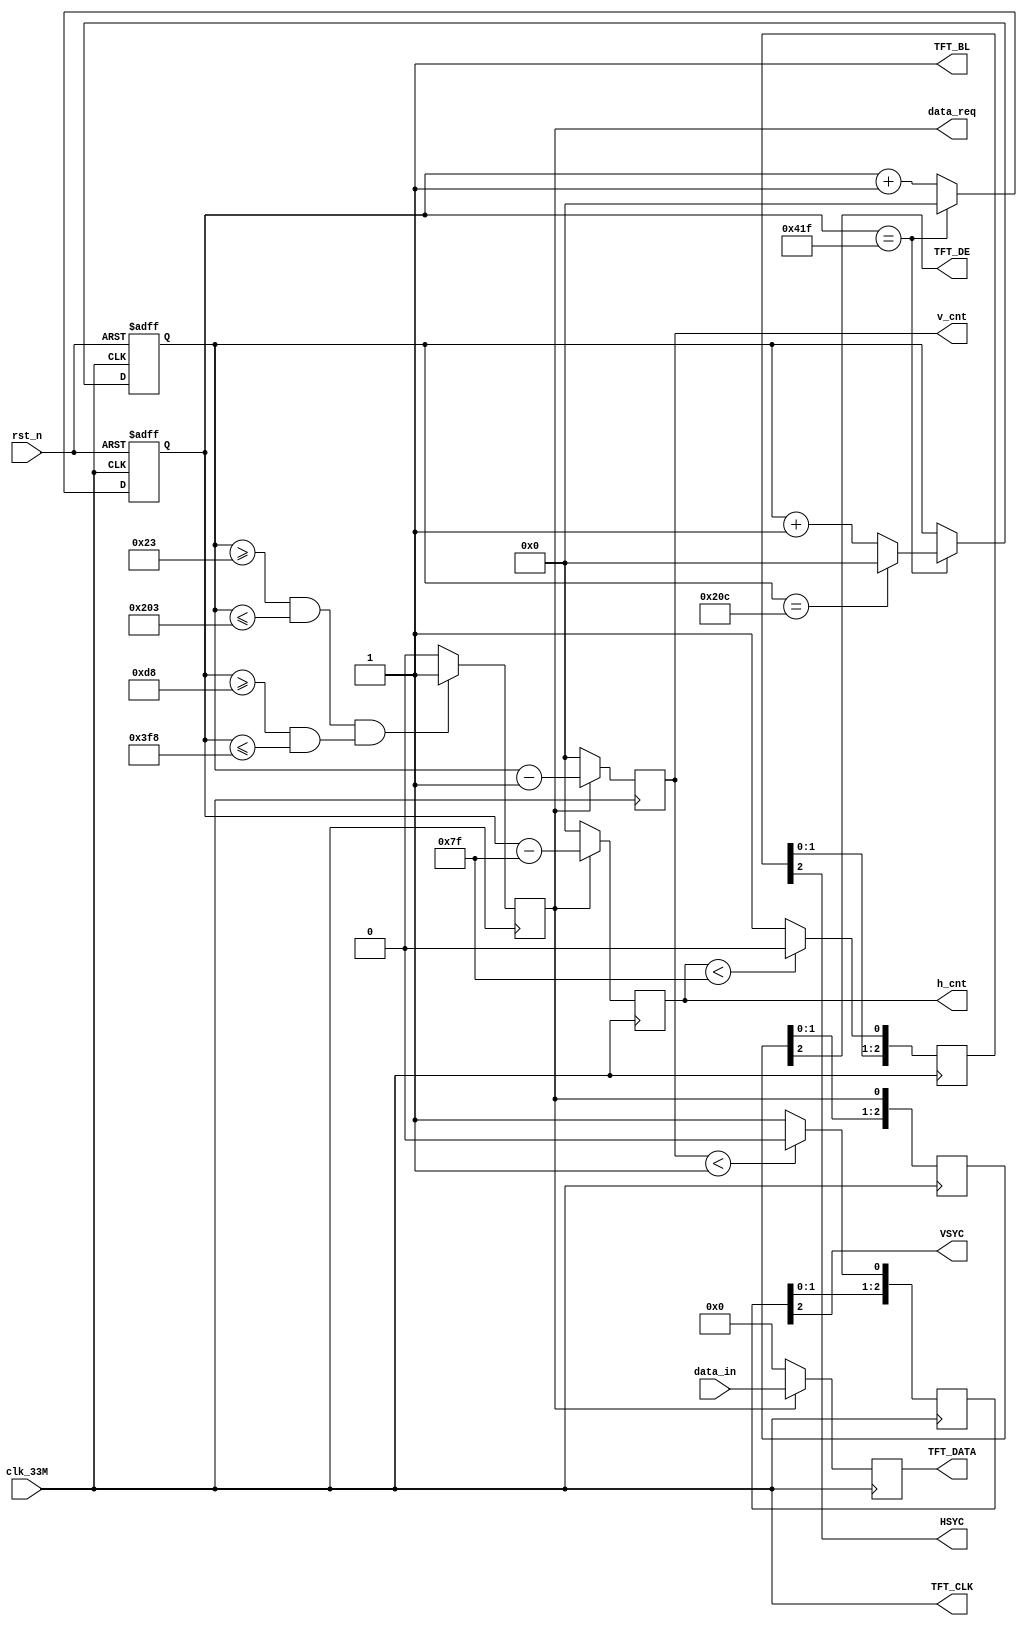
//VGARAM
module RAM_VGA_CTRL(
input wire clk_33M,         //,33Mhz30ns
input wire rst_n,
input wire [15:0] data_in,
output reg data_req,
output reg [10:0] h_cnt,    //
output reg [10:0] v_cnt,    //
output reg [15:0] TFT_DATA,
output wire HSYC,            //
output wire VSYC,            //
output wire TFT_DE,             //(DATA_ENABLE,VGAVGA_BLK)
output wire TFT_CLK,
output wire TFT_BL               //LED                         
);                              
//TFT_DATATFTRGB0-255

reg [10:0] h_cnt_reg;       //
reg [10:0] v_cnt_reg;

reg [3:0] TFT_DE_r; //TFT_DE
reg [3:0] TFT_HS_r;
reg [3:0] TFT_VS_r;

parameter HSYC_end=127;         //
parameter h_data_begin=216;     //()
parameter h_data_end=1016;      //()
parameter h_end=1055;           //(),
parameter VSYC_end=1;           //
parameter v_data_begin=35;      //
parameter v_data_end=515;       //
parameter v_end=524;            //

//h_cnt_reg
always @(posedge clk_33M or negedge rst_n) 
begin
    if (!rst_n) 
    begin
        h_cnt_reg<=0;    
    end    
    else if (h_cnt_reg==h_end)      //
    begin
        h_cnt_reg<=0;    
    end
    else 
        h_cnt_reg<=h_cnt_reg+1;
end
//v_cnt_reg
always @(posedge clk_33M or negedge rst_n) 
begin
    if (!rst_n) 
    begin
        v_cnt_reg<=0;    
    end
    else if (h_cnt_reg==h_end) 
    begin
        if (v_cnt_reg==v_end) 
        begin
            v_cnt_reg<=0;    
        end
        else
            v_cnt_reg<=v_cnt_reg+1;
    end
end

//TFT_CLK
assign TFT_CLK=clk_33M;
//LED
assign TFT_BL=1;
//()
always @(posedge clk_33M) 
begin
    data_req<=(v_cnt_reg>=v_data_begin&&v_cnt_reg<=v_data_end)&&
                 (h_cnt_reg>=h_data_begin&&h_cnt_reg<=h_data_end)? 1'b1:1'b0;
end
//VGA
always @(posedge clk_33M) 
begin
    TFT_DE_r[0]<=data_req;
    TFT_DE_r[3:1]<=TFT_DE_r[2:0];    
end
assign TFT_DE=TFT_DE_r[2];
//HSYC
always @(posedge clk_33M) 
begin
    TFT_HS_r[0]<=(h_cnt<HSYC_end)?  0:1;
    TFT_HS_r[3:1]<=TFT_HS_r[2:0];
end
assign HSYC=TFT_HS_r[2];
//VSYC
always @(posedge clk_33M) 
begin
    TFT_VS_r[0]<=(v_cnt<VSYC_end)?  0:1;
    TFT_VS_r[3:1]<=TFT_VS_r[2:0]; 
end
assign VSYC=TFT_VS_r[2];
//h_cntv_cnt
always @(posedge clk_33M) 
begin
    h_cnt<=data_req? (h_cnt_reg-HSYC_end):10'd0;
    v_cnt<=data_req? (v_cnt_reg-VSYC_end):10'd0;
end
//TFT_DATA
always @(posedge clk_33M) 
begin
    TFT_DATA<=data_req? (data_in):16'h0000;
end

endmodule